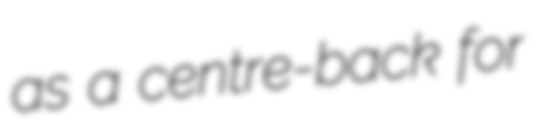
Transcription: as a centre-back for